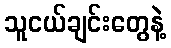
သူငယ်ချင်းတွေနဲ့